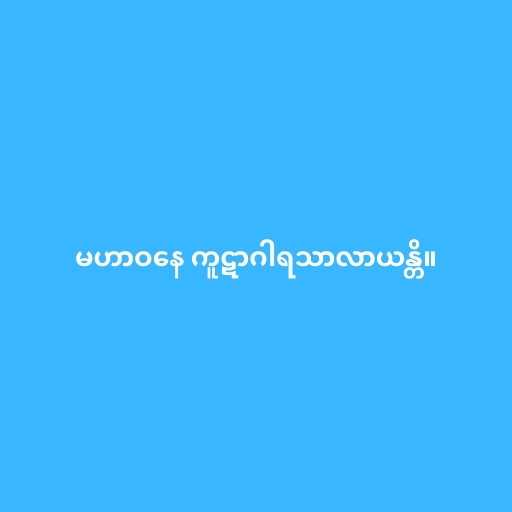
မဟာဝနေ ကူဋာဂါရသာလာယန္တိ။